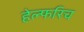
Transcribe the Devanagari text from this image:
हेल्फरिच